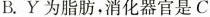
B.Y为脂肪，消化器官是C